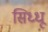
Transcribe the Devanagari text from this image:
सिध्धू